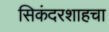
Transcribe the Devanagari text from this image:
सिकंदरशाहचा